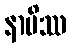
နာပိဿ